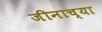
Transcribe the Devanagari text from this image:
जीनाच्या